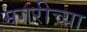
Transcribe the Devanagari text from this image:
मगरीच्या